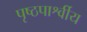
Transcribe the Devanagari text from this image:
पृष्ठपार्श्वीय